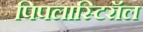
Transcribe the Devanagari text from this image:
पिपलास्टिरॉल